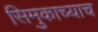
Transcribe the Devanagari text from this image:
सिमुकाच्याच